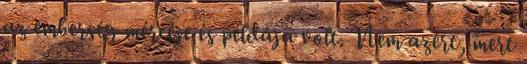
az emberség mércéje és példája volt. Nem azért, mert